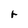
Character: r